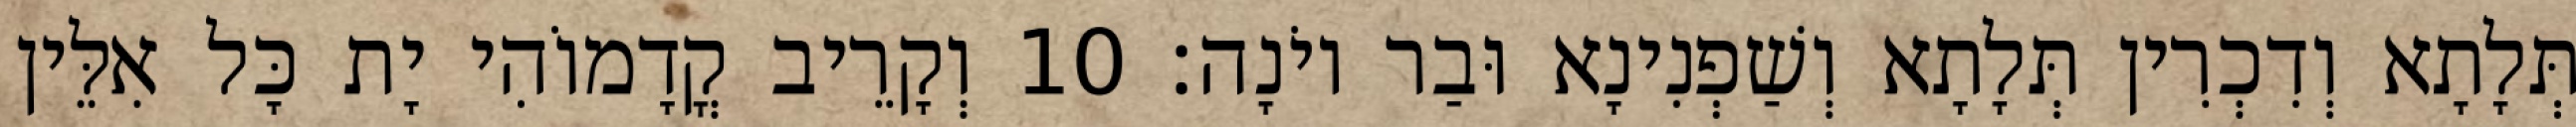
תְּלָתָא וְדִכְרִין תְּלָתָא וְשַׁפְנִינָא וּבַר יוֹנָה׃ 10 וְקָרֵיב קֳדָמוֹהִי יָת כָּל אִלֵּין